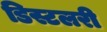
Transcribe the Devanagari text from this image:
डिस्टलरी